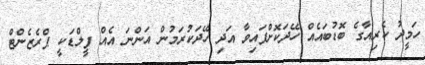
ހަމީދު ކެރިއާގެ ބޮޑުބައެއް ހޭދަކޮށްފައިވާ އަދި ހޭދަކުރަމުން އަންނަ އެއް ފީލްޑަކީ ޕްރެޒެންޓް